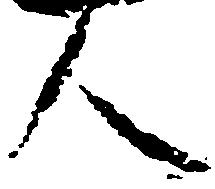
人